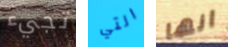
تجيء التي انها